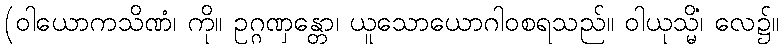
(ဝါယောကသိဏံ၊ ကို။ ဥဂ္ဂဏှန္တော၊ ယူသောယောဂါဝစရသည်။ ဝါယုသ္မိံ၊ လေ၌။